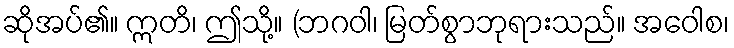
ဆိုအပ်၏။ ဣတိ၊ ဤသို့။ (ဘဂဝါ၊ မြတ်စွာဘုရားသည်။ အဝေါစ၊